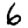
Digit: 6